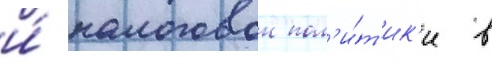
и́ налоговои пол'и́т'ик'и в